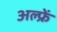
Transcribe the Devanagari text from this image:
अल्फ्रें